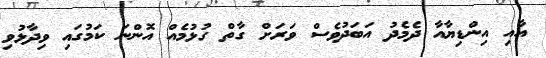
އާއި އިންޑިޔާއާ ދެމެދު އަބަދުވެސް ވަރަށް ގާތް ގުޅުމެއް އޮންނަ ކަމުގައި ވިދާޅުވި